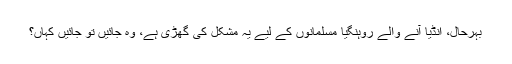
بہرحال، انڈیا آنے والے روہنگیا مسلمانوں کے لیے یہ مشکل کی گھڑی ہے، وہ جائیں تو جائیں کہاں؟